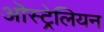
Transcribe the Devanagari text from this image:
ऒस्ट्रेलियन